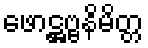
ဖောဋ္ဌဗ္ဗနိမိတ္တ